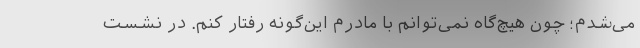
می‌شدم؛ چون هیچ‌گاه نمی‌توانم با مادرم این‌گونه رفتار کنم. در نشست